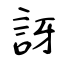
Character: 訝